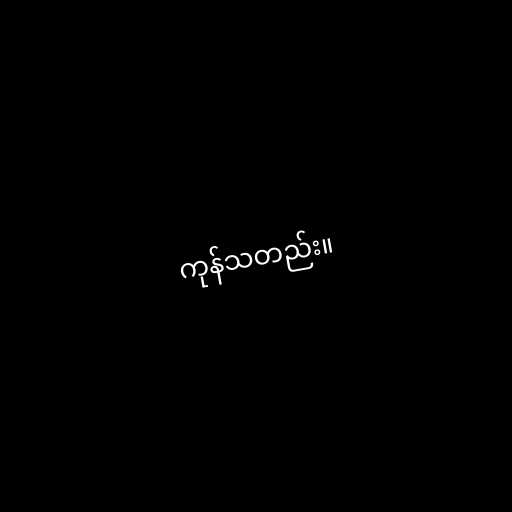
ကုန်သတည်း။